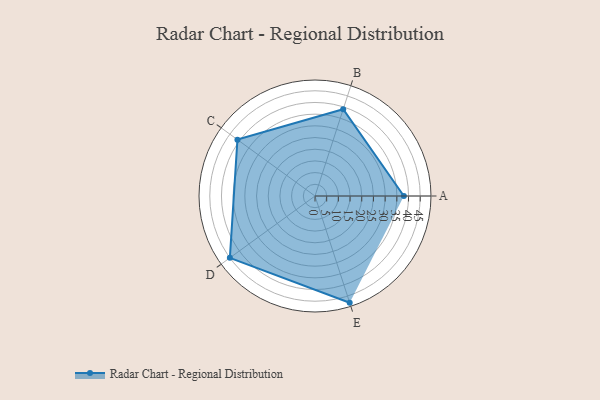
{"axis": {"x": "Skill", "y": "Score"}, "legend": ["Profile"], "data": [{"x": "A", "y": 38.0, "type": "Profile"}, {"x": "B", "y": 39.0, "type": "Profile"}, {"x": "C", "y": 41.0, "type": "Profile"}, {"x": "D", "y": 45.0, "type": "Profile"}, {"x": "E", "y": 48.0, "type": "Profile"}]}